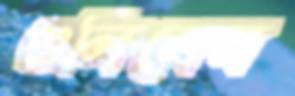
গুলিলেন